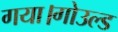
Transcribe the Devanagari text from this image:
गया।गोउल्‍ड